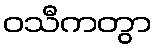
ဝသီကတွာ